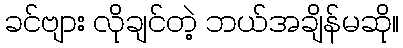
ခင်ဗျား လိုချင်တဲ့ ဘယ်အချိန်မဆို။